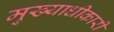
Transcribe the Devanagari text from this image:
मुख्याधीकारी